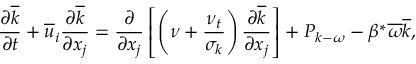
\frac { \partial \overline { { k } } } { \partial t } + \overline { { u } } _ { i } \frac { \partial \overline { { k } } } { \partial x _ { j } } = \frac { \partial } { \partial x _ { j } } \left[ \left( \nu + \frac { \nu _ { t } } { \sigma _ { k } } \right) \frac { \partial \overline { { k } } } { \partial x _ { j } } \right] + P _ { k - \omega } - \beta ^ { * } \overline { { \omega } } \overline { { k } } ,